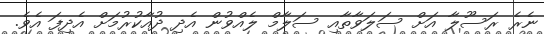
ނެރެ ރަސޫލާ އަށް ސަލަވާތާއި ސަލާމް ލެއްވުން އެދި ދުއާކުރުމަށް އެދިފަ އެވެ.